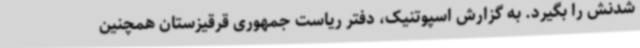
شدنش را بگیرد. به گزارش اسپوتنیک، دفتر ریاست جمهوری قرقیزستان همچنین